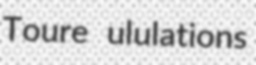
Toure ululations